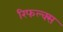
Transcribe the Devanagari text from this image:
रिफल्क्स